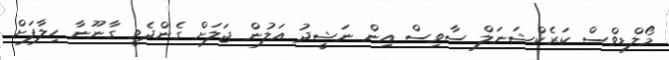
މޯލްޑިވްސް ކަރެކްޝަނަލް ސާވިސް އިން ނަޝީދު އަލުން ޖަލަށް ގެންދެވީ ގާނޫނާ ހިލާފަށް